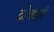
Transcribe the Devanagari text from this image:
टोचावी